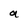
Character: a